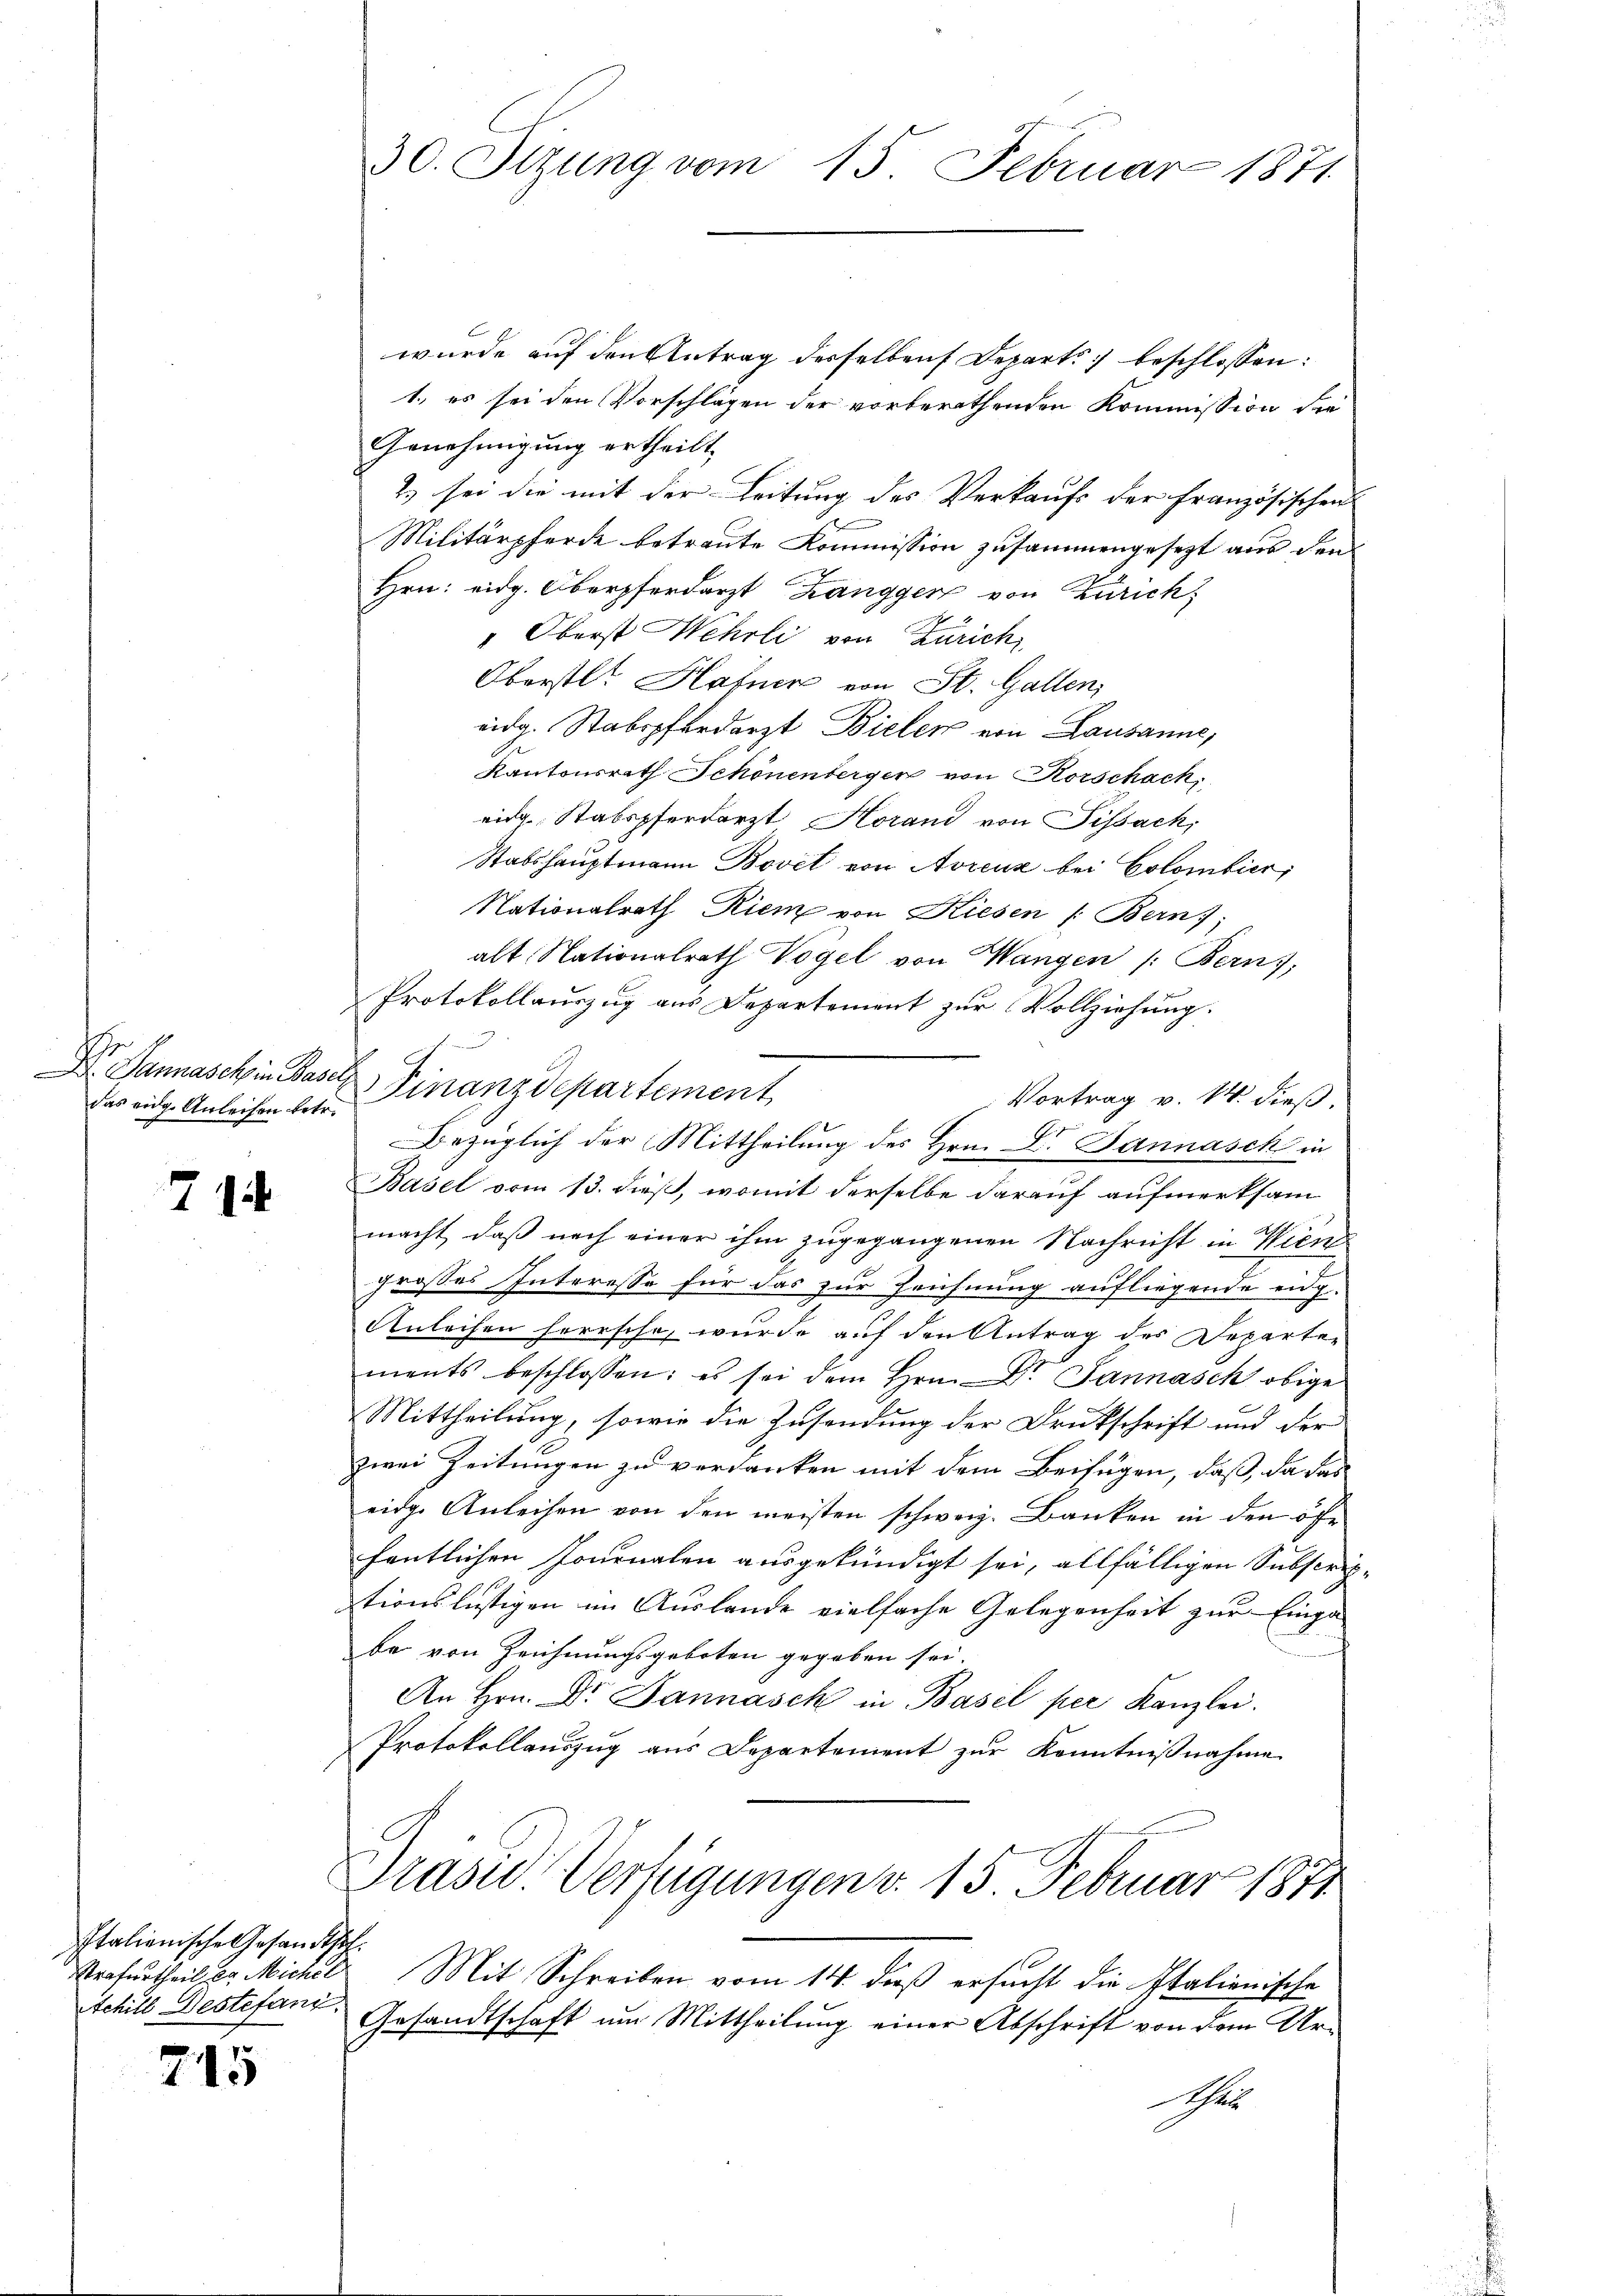
Ihr
das eidge Anleihen betr.

74

Italienische Gesandtsch.
Achill Destefani.

715

wurde auf den Antrag desselben Departi beschlossen:
1., es sei den Vorschlägen der vorberathenden Kommission die
Genehmigung ertheilt,
2) sei die mit der Leitung des Verkaufs der Französischen
Militärpferde betraute Kommission zusammengesezt aus den
Hrn. eidg. Oberpferdarzt Zangger von Zürich
" Oberst Wehrli von Zürich
Oberstl. Hafner von St. Gallen,
eidg. Stabspferdarzt Bieler von Lausanne,
Kantonsrath Schönenbergen von Korschach,
eidg. Stabspferdarzt Horand von Pissach,
Stabshauptmann Bovet von Avreuz bei Colombier,
Nationalrath Riem von Kiesen /: Bern;
alt Nationalrath Vogel von Wangen /: Bern,
Protokollauszug aus Departement zur Vollziehung.

Dannasch in Basel Finanzdepartement
Vortrag v. 14. dieß.
Bezüglich der Mittheilung des Hrn. Dr. Jannásch in
Basel vom 13. dieß, womit derselbe darauf aufmerksam
macht, daß nach einer ihm zugegangenen Nachricht in Wien
grosses Interesse für das zur Zeichnung aufliegende eidg.
Anleihen herrsche, wurde auf den Antrag des Departe-
ments beschlossen: es sei dem Hrn. Dr. Jannásck obige
Mittheilung, sowie die Zusendung der Druckschrift und der
zwei Zeitungen zu verdanken mit dem Beifügen, daß, da das
eide Anleihen von den meisten schweiz. Banken in den öffe
fentlichen Journalen ausgekündigt sei, allfälligen Subscriptionslustigen im Auslande vielfache Gelegenheit zur Einga
be von Zeichnungsgeboten gegeben sei.
An Hrn. Dr. Jannásch in Basel per Kanzlei.
Protokollaŭszŭg aŭs Departement zŭr Kenntniβnahme
Praser Verfügungen v. 15 Februar 1871
Strafurtheil u. Michel Mit Schreiben vom 14. daß ersucht die Italienische
Gesandtschaft um Mittheilung einer Abschrift von dem Ur¬
Sch

30. Sizung vom 15. Februar 1871